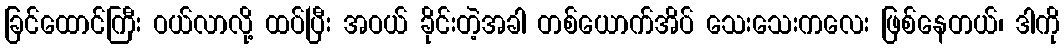
ခြင်ထောင်ကြီး ဝယ်လာလို့ ထပ်ပြီး အဝယ် ခိုင်းတဲ့အခါ တစ်ယောက်အိပ် သေးသေးကလေး ဖြစ်နေတယ်၊ ဒါကို